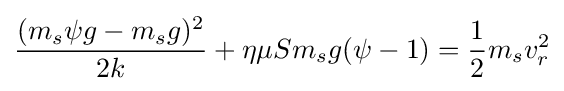
{\frac {(m_{s}\psi g-m_{s}g)^{2}}{2k}}+\eta \mu Sm_{s}g(\psi -1)={\frac {1}{2}}m_{s}v_{r}^{2}